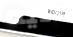
عليه